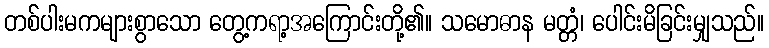
တစ်ပါးမကများစွာသော တွေ့ကရာ့အကြောင်းတို့၏။ သမောဓာန မတ္တံ၊ ပေါင်းမိခြင်းမျှသည်။